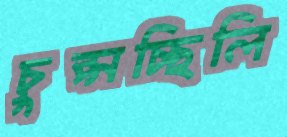
চুপ্‌সচ্ছিলি